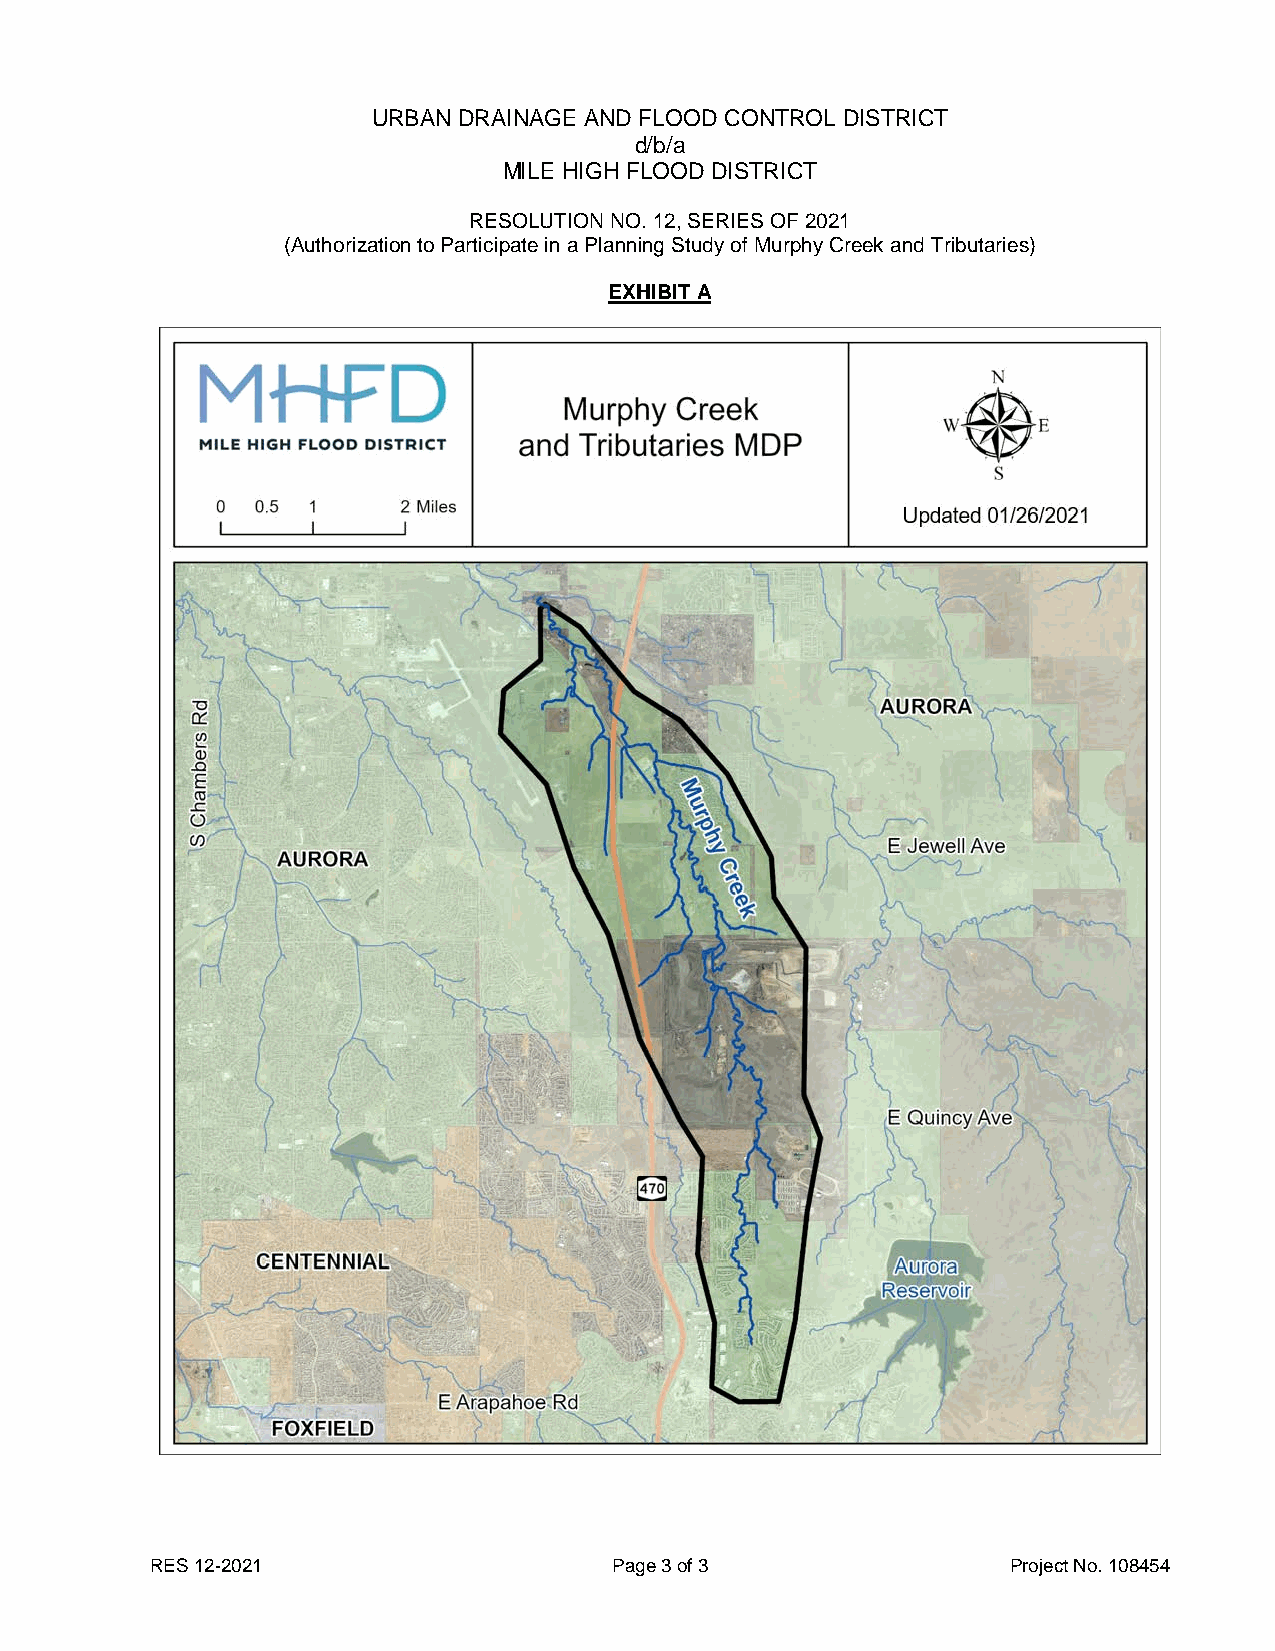
URBAN DRAINAGE AND FLOOD CONTROL DISTRICT
 d/b/a
 MILE HIGH FLOOD DISTRICT
 RESOLUTION NO. 12, SERIES OF 2021
 (Authorization to Participate in a Planning Study of Murphy Creek and Tributaries)
 EXHIBIT A
 RES 12-2021                    Page 3 of 3               Project No. 108454